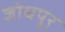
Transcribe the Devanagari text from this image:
जोधपुर्